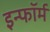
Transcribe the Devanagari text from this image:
इन्फॉर्म